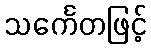
သင်္ကေတဖြင့်